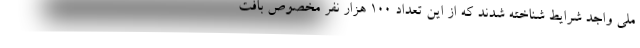
ملی واجد شرایط شناخته شدند که از این تعداد ۱۰۰ هزار نفر مخصوص بافت